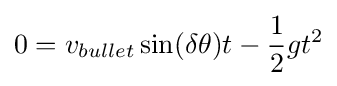
0=v_{bullet}\sin(\delta \theta )t-{\frac {1}{2}}gt^{2}